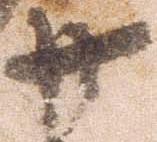
廿